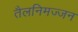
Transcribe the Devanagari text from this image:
तैलनिमज्जन